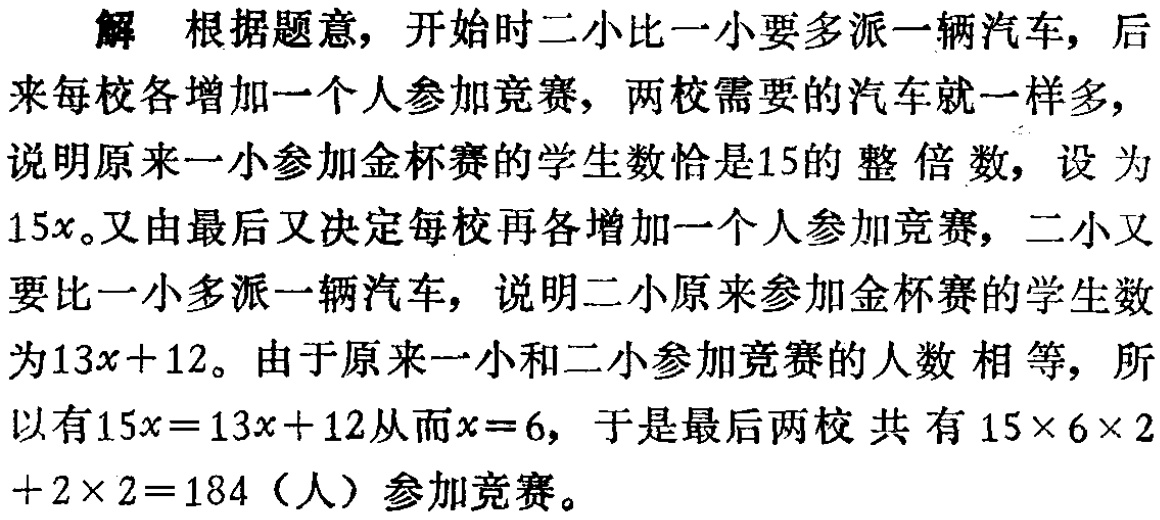
解 根据题意，开始时二小比一小要多派一辆汽车，后来每校各增加一个人参加竞赛，两校需要的汽车就一样多，说明原来一小参加金杯赛的学生数恰是\(15\)的整倍数，设为\(15x\)。又由最后又决定每校再各增加一个人参加竞赛，二小又要比一小多派一辆汽车，说明二小原来参加金杯赛的学生数为\(13x + 12\)。由于原来一小和二小参加竞赛的人数相等，所以有\(15x=13x + 12\)从而\(x = 6\)，于是最后两校共有\(15\times6\times2+2\times2 = 184\)（人）参加竞赛。